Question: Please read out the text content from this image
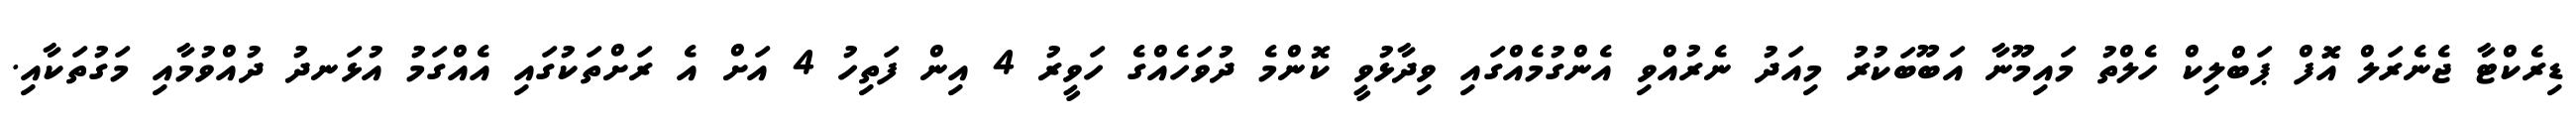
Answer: ޑިރެކްޓާ ޖެނެރަލް އޮޮފް ޕަބްލިކް ހެލްތު މައިމޫނާ އަބޫބަކުރު މިއަދު ނެރުއްވި އެންގުމެއްގައި ވިދާޅުވީ ކޮންމެ ދުވަހެއްގެ ހަވީރު 4 އިން ފަތިހު 4 އަށް އެ ރަށްތަކުގައި އެއްގަމު އުޅަނދު ދުއްވުމާއި މަގުތަކާއި.